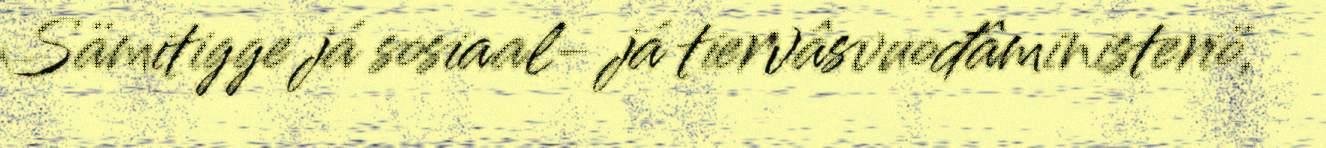
Sämitigge já sosiaal- já tiervâsvuođâministeriö,